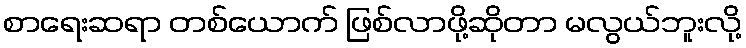
စာရေးဆရာ တစ်ယောက် ဖြစ်လာဖို့ဆိုတာ မလွယ်ဘူးလို့